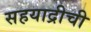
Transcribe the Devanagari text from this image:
सहयाद्रीची